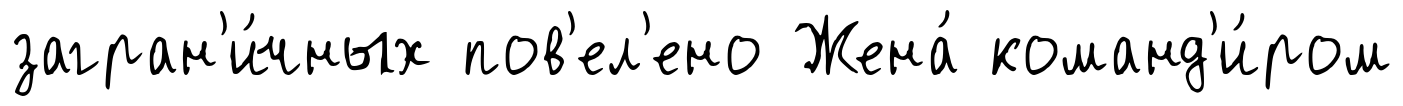
загран'и́чных пов'ел'ено Жена́ команд'и́ром